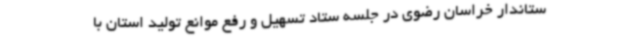
ستاندار خراسان رضوی در جلسه ستاد تسهیل و رفع موانع تولید استان با